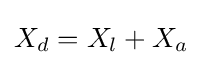
X_{d}=X_{l}+X_{a}